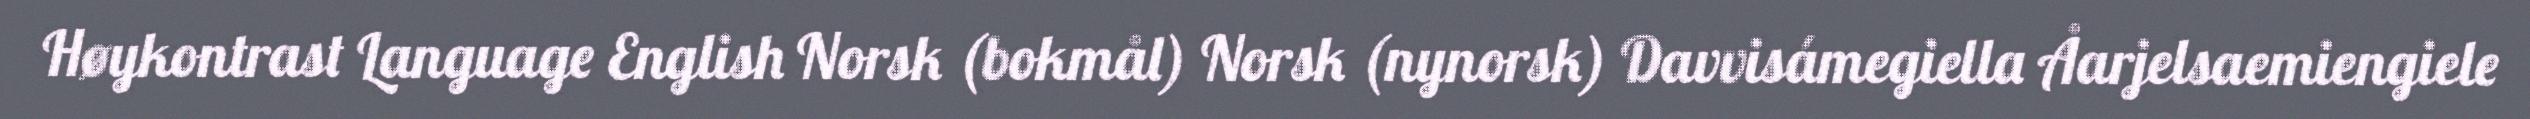
Høykontrast Language English Norsk (bokmål) Norsk (nynorsk) Davvisámegiella Åarjelsaemiengiele